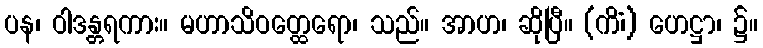
ပန၊ ဝါဒန္တရကား။ မဟာသိဝတ္ထေရော၊ သည်။ အာဟ၊ ဆိုပြီ။ (ကိံ၊) ဟေဋ္ဌာ၊ ၌။